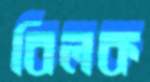
বিলক